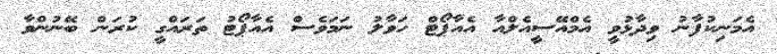
އެމަނިކުފާނު ވިދާޅުވީ އެމްއޭސީއެލްއާ އެއާޕޯޓް ހަވާލު ނަމަވެސް އެއާޕޯޓު ތަރައްގީ ކުރަން ބޭނުންވާ